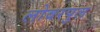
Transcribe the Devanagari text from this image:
लोवरपुल